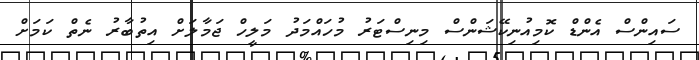
ސައިންސް އެންޑް ކޮމިއުނިކޭޝަންސް މިނިސްޓަރު މުހައްމަދު މަލީހް ޖަމާލަށް އިތުބާރު ނެތް ކަމަށް